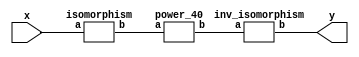
`timescale 1ns/100ps
module SMS23_40_nn_4_3(x,y);
	 input [5:0] x;
	 output [5:0] y;
	 wire [5:0] w;
	 wire [5:0] p;
	 isomorphism C2 (x,w);
	 power_40 C3 (w,p);
	 inv_isomorphism C4 (p,y);
endmodule

module square_base(a,b);
	 input [1:0] a;
	 output [1:0] b;
	 assign b[0]=a[1];
	 assign b[1]=a[0];
endmodule

module add_base(a,b,c);
	 input [1:0] a;
	 input [1:0] b;
	 output [1:0] c;
	 assign c[0]=a[0]^b[0];
	 assign c[1]=a[1]^b[1];
endmodule

module constant_multiplication_base_0(a,b);
	 input [1:0] a;
	 output [1:0] b;
	 assign b[0]=0;
	 assign b[1]=0;
endmodule

module constant_multiplication_base_1(a,b);
	 input [1:0] a;
	 output [1:0] b;
	 assign b[0]=a[0];
	 assign b[1]=a[1];
endmodule

module constant_multiplication_base_2(a,b);
	 input [1:0] a;
	 output [1:0] b;
	 assign b[0]=a[1];
	 assign b[1]=a[0]^a[1];
endmodule

module constant_multiplication_base_3(a,b);
	 input [1:0] a;
	 output [1:0] b;
	 assign b[0]=a[0]^a[1];
	 assign b[1]=a[0];
endmodule

module multiplication_base(a,b,c);
	 input [1:0] a;
	 input [1:0] b;
	 output [1:0] c;
	 wire t;
	 assign t=(a[0]&b[1])^(a[1]&b[0]);
	 assign c[0]=(a[1]&b[1])^t;
	 assign c[1]=(a[0]&b[0])^t;
endmodule
module power_40(a,b);
	 input [5:0] a;
	 output [5:0] b;
	 wire [1:0] x_0;
	 wire [1:0] x_1;
	 wire [1:0] x_2;
	 wire [1:0] x_3;
	 wire [1:0] x_4;
	 wire [1:0] x_5;
	 wire [1:0] y_0;
	 wire [1:0] y_1;
	 wire [1:0] y_2;
	 wire [1:0] z_00;
	 wire [1:0] z_01;
	 wire [1:0] z_02;
	 wire [1:0] z_03;
	 wire [1:0] z_04;
	 wire [1:0] z_10;
	 wire [1:0] z_11;
	 wire [1:0] z_12;
	 wire [1:0] z_13;
	 wire [1:0] z_14;
	 wire [1:0] z_20;
	 wire [1:0] z_21;
	 wire [1:0] z_22;
	 wire [1:0] z_23;
	 wire [1:0] z_24;
	 wire [1:0] w_00;
	 wire [1:0] w_01;
	 wire [1:0] w_02;
	 wire [1:0] w_03;
	 wire [1:0] w_04;
	 wire [1:0] w_05;
	 wire [1:0] w_10;
	 wire [1:0] w_11;
	 wire [1:0] w_12;
	 wire [1:0] w_13;
	 wire [1:0] w_14;
	 wire [1:0] w_15;
	 wire [1:0] w_20;
	 wire [1:0] w_21;
	 wire [1:0] w_22;
	 wire [1:0] w_23;
	 wire [1:0] w_24;
	 wire [1:0] w_25;
	 assign x_0[0]=a[0];
	 assign x_0[1]=a[1];
	 assign x_1[0]=a[2];
	 assign x_1[1]=a[3];
	 assign x_2[0]=a[4];
	 assign x_2[1]=a[5];
	 square_base  A1 (x_0,y_0);
	 square_base A2 (x_1,y_1);
	 square_base A3 (x_2,y_2);
	 multiplication_base A4 (y_0,y_1,x_3);
	 multiplication_base A5 (y_0,y_2,x_4);
	 multiplication_base A6 (y_1,y_2,x_5);
	 constant_multiplication_base_0 MC00 (x_0,w_00);
	 constant_multiplication_base_2 MC01 (x_1,w_01);
	 constant_multiplication_base_1 MC02 (x_2,w_02);
	 constant_multiplication_base_0 MC03 (x_3,w_03);
	 constant_multiplication_base_2 MC04 (x_4,w_04);
	 constant_multiplication_base_0 MC05 (x_5,w_05);
	 constant_multiplication_base_1 MC10 (x_0,w_10);
	 constant_multiplication_base_0 MC11 (x_1,w_11);
	 constant_multiplication_base_2 MC12 (x_2,w_12);
	 constant_multiplication_base_2 MC13 (x_3,w_13);
	 constant_multiplication_base_0 MC14 (x_4,w_14);
	 constant_multiplication_base_0 MC15 (x_5,w_15);
	 constant_multiplication_base_2 MC20 (x_0,w_20);
	 constant_multiplication_base_1 MC21 (x_1,w_21);
	 constant_multiplication_base_0 MC22 (x_2,w_22);
	 constant_multiplication_base_0 MC23 (x_3,w_23);
	 constant_multiplication_base_0 MC24 (x_4,w_24);
	 constant_multiplication_base_2 MC25 (x_5,w_25);
	 add_base B00 (w_00,w_01,z_00);
	 add_base B01 (w_02,w_03,z_01);
	 add_base B02 (w_04,w_05,z_02);
	 add_base B03 (z_00,z_01,z_03);
	 add_base B04 (z_03,z_02,z_04);
	 add_base B10 (w_10,w_11,z_10);
	 add_base B11 (w_12,w_13,z_11);
	 add_base B12 (w_14,w_15,z_12);
	 add_base B13 (z_10,z_11,z_13);
	 add_base B14 (z_13,z_12,z_14);
	 add_base B20 (w_20,w_21,z_20);
	 add_base B21 (w_22,w_23,z_21);
	 add_base B22 (w_24,w_25,z_22);
	 add_base B23 (z_20,z_21,z_23);
	 add_base B24 (z_23,z_22,z_24);
	 assign b[0]=z_04[0];
	 assign b[1]=z_04[1];
	 assign b[2]=z_14[0];
	 assign b[3]=z_14[1];
	 assign b[4]=z_24[0];
	 assign b[5]=z_24[1];
endmodule

module inv_isomorphism(a,b);
	 input [5:0] a;
	 output [5:0] b;
	 assign b[0]=a[0]^a[1]^a[2]^a[3]^a[4];
	 assign b[1]=a[0]^a[5];
	 assign b[2]=a[0]^a[1];
	 assign b[3]=a[0]^a[4]^a[5];
	 assign b[4]=a[0]^a[1]^a[2]^a[4]^a[5];
	 assign b[5]=a[0]^a[1]^a[2];
endmodule

module isomorphism(a,b);
	 input [5:0] a;
	 output [5:0] b;
	 assign b[0]=a[0]^a[2];
	 assign b[1]=a[0]^a[1]^a[3];
	 assign b[2]=a[1]^a[5];
	 assign b[3]=a[2]^a[3]^a[4]^a[5];
	 assign b[4]=a[0]^a[3]^a[4];
	 assign b[5]=a[0];
endmodule